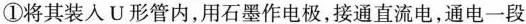
①将其装入U形管内，用石墨作电极，接通直流电，通电一段